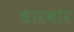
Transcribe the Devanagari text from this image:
धारबार